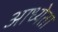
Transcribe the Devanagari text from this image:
आध्येता